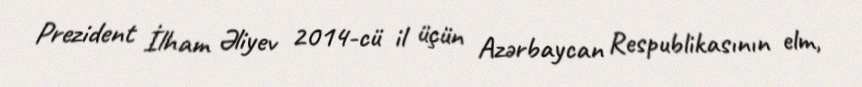
Prezident İlham Əliyev 2014-cü il üçün Azərbaycan Respublikasının elm,